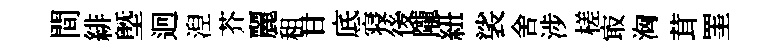
間緋塈迥湼芥麗租甘底寝後隴紐裟舍涉槎㝡洶茸罣